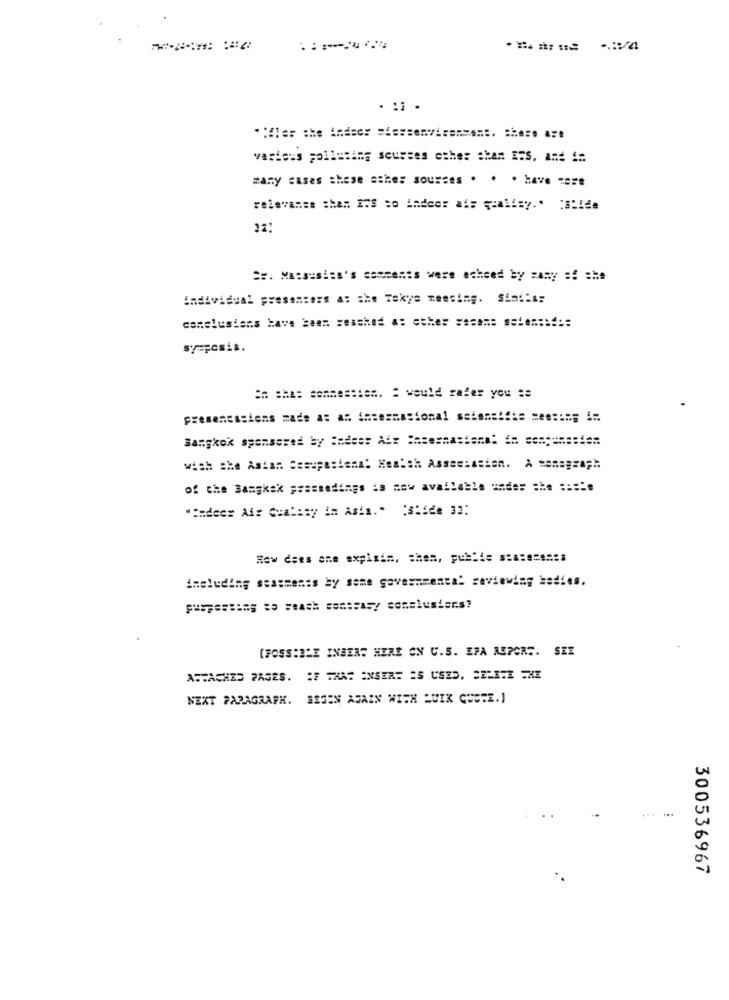
. . .
various polluting sources other shan sis, and i:
many cases these ather sources . . . have tere
relevanss shan 2'S so indoor ais qcalisy.' Slide
22:
==. Massusies's comments were echeed by many =! == e
individual presenters a: she Takys meeting. Simi:A:
conclusions Have been reached a: other sesams ssiens :!::
symposia.
:# :has sommessten. : would rafer you ==
presenessions made at an iosesmasional ssione !!:= = es ::=; i=
Bangkok sponsered by Sadess Air Sasesnastana: i= song =======
with the Asian Sesuposiena: Health Assessasien. À sonagraph
of che Bangkok pressedings is now available ===== === === "#
"Hadees Air Conlasy im Asis." "Slide 33:
How does one expist =. = hem, publis ssate=esss
including seasments by some governmental saviewing bodies.
pusressing so seash someasy conclusters?
[FOSS:BLE INBERG HERE ON C.S. EFA REPORG. SEE
ATTACHED PAGES. : # THAT ENSIRE IS USED, CELITE FME
NEXT PARAGRAPH. BEGIN AGAIN WITH LUIK GUSTE.1
...
300536967